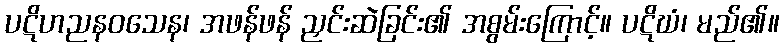
ပဋိဟညနဝသေန၊ အဖန်ဖန် ညှင်းဆဲခြင်း၏ အစွမ်းကြောင့်။ ပဋိဃံ၊ မည်၏။